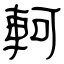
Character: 軻